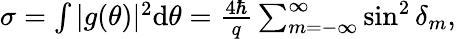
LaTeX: \begin{array}{r}{\sigma=\int|g(\theta)|^{2}\mathrm{d}\theta=\frac{4\hbar}{q}\sum_{m=-\infty}^{\infty}\sin^{2}{\delta_{m}},}\end{array}